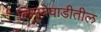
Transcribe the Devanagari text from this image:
लिमयेवाडीतील